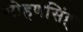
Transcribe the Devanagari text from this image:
सोहणसिंह